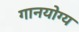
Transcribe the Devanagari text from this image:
गानयोग्य